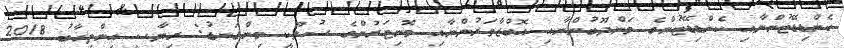
ކެންޑިޑޭޓުންނާއި ކެންޑިޑޭޓުންގެ މަންދޫބުންނާއި އޮބްޒާވަރުންނާއި މޮނިޓަރުންގެ ސުލޫކީ މިންގަނޑު: ރިޔާސީ އިންތިޚާބު 2018